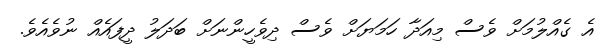
އެ ގެއްލުމަށް ވެސް މިއަދާ ހަމަޔަށް ވެސް ދިވެހީންނަށް ބަދަލު ދީފައެއް ނުވެއެވެ.